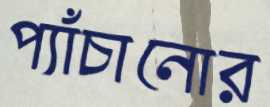
প্যাঁচানোর